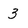
Character: 3